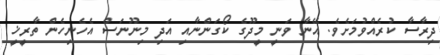
ދިރާސާ ކުރެއްވުމަށެވެ. އޭނާ ވަނީ މީދޫގެ ކޯގަންނާއި އަދި މިނޫނަސް އެހެނިހެން ތާރީޚީ